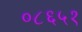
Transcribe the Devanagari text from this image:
०८६५१